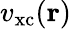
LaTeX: v_{\mathrm{xc}}(\mathbf{r})